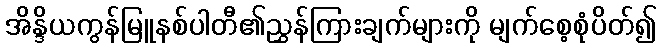
အိန္ဒိယကွန်မြူနစ်ပါတီ၏ညွှန်ကြားချက်များကို မျက်စေ့စုံပိတ်၍